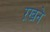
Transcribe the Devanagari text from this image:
ऱखने